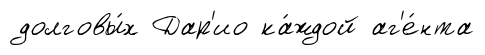
долговы́х Дар'ио ка́ждой аг'е́нта